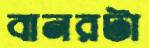
বানরটা